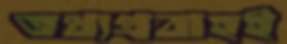
তথ্যপ্রবাহই